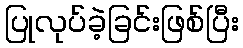
ပြုလုပ်ခဲ့ခြင်းဖြစ်ပြီး